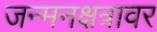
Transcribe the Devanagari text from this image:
जन्मनक्षत्रावर